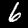
Label: 6